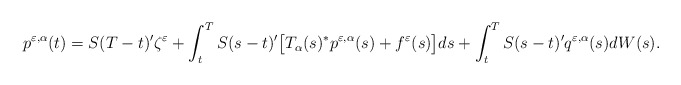
\begin{align*} p^{\varepsilon,\alpha}(t) = S(T-t)'\zeta^{\varepsilon} + \int_t^T S(s-t)'\big[T_{\alpha}(s)^*p^{\varepsilon,\alpha}(s) +f^{\varepsilon}(s)\big]ds +\int_t^T S(s-t)' q^{\varepsilon,\alpha}(s)dW(s).\end{align*}